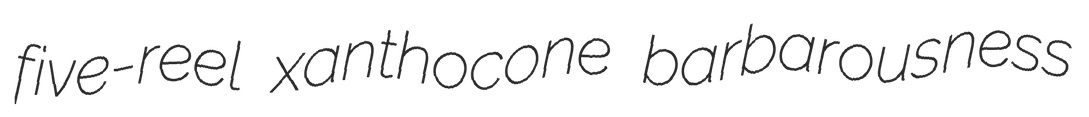
five-reel xanthocone barbarousness